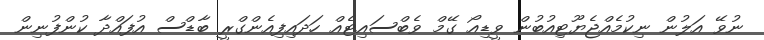
ނުވޭ އަލުން ނިކުމެއްޖެޔޫޓިއުބުން ވީޑިއޯ ގޭމް ވެބްސައިޓެއް ހަދައިފިއެންގްރީ ބާޑްސް އުފައްދާ ކުންފުނިން